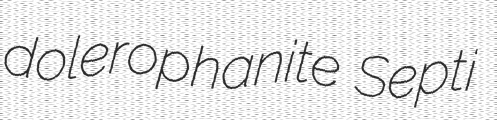
dolerophanite Septi